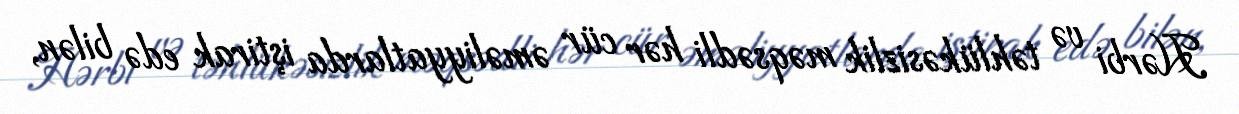
Hərbi və təhlükəsizlik məqsədli hər cür əməliyyatlarda iştirak edə bilən,